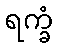
ရက္ခံ